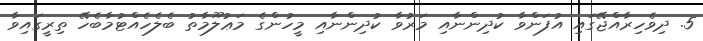
5. ދިވެހިރާއްޖޭގައި އުފަންވާ ކުދިންނާއި މަރުވާ ކުދިންނާއި މީހުންގެ މަޢުލޫމާތު ބެލެހެއްޓުމާބެހޭ ތިރީގައިވާ